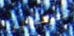
عصفورين